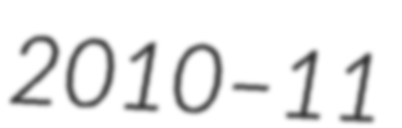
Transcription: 2010–11